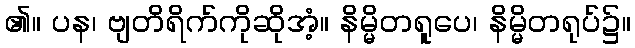
၏။ ပန၊ ဗျတိရိက်ကိုဆိုအံ့။ နိမ္မိတရူပေ၊ နိမ္မိတရုပ်၌။